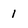
Character: 1